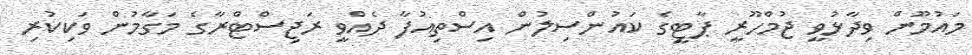
މައުމޫން ވިދާޅުވީ ޖުމްހޫރީ ޕާޓީގެ ކައުންސިލުން އިސްތިއުފާ ދެއްވީ ރަޖިސްޓްރާގެ މަގާމުން ވަކިކުރި